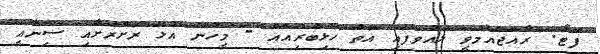
ފޮޓޯ: ރާއްޖެއެމްވީ ލައްވެފައި އޮތް ހޮޅިބުރިއެއް - މީހުން އުޅޭ ރަށްރަށާއި ސިނާއީ